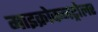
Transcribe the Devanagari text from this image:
माइक्रोकनट्रोलर